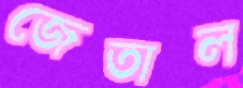
জেতাল